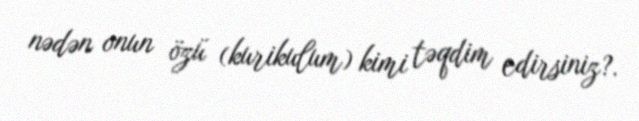
nədən onun özü (kurikulum) kimi təqdim edirsiniz?.